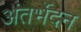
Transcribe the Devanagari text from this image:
अंतर्भेदन